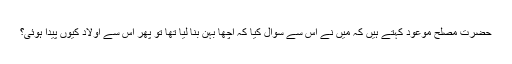
حضرت مصلح موعودؓ کہتے ہیں کہ مَیں نے اس سے سوال کیا کہ اچھا بہن بنا لیا تھا تو پھر اس سے اولاد کیوں پیدا ہوئی؟